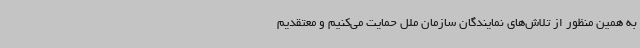
به همین منظور از تلاش‌های نمایندگان سازمان ملل حمایت می‌کنیم و معتقدیم